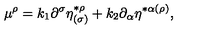
\mu ^ { \rho } = k _ { 1 } \partial ^ { \sigma } \eta _ { ( \sigma ) } ^ { * \rho } + k _ { 2 } \partial _ { \alpha } \eta ^ { * \alpha ( \rho ) } ,